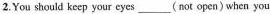
2.You should keep your eyes___（not open）when you